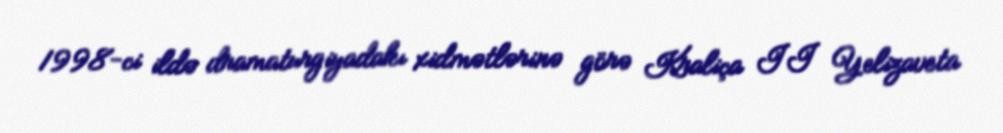
1998-ci ildə dramaturgiyadakı xidmətlərinə görə Kraliça II Yelizaveta